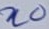
Text: n0